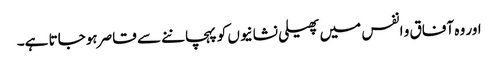
اور وہ آفاق و انفس میں پھیلی نشانیوں کو پہچاننے سے قاصر ہوجاتا ہے۔